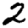
Digit: 2